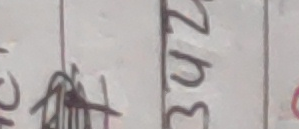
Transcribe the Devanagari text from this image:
३४२